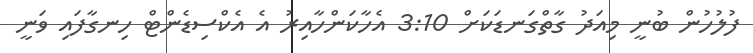
ފުލުހުން ބުނީ މިއަދު ގާތްގަނޑަކަށް 3:10 އެހާކަންހާއިރު އެ އެކްސިޑެންޓް ހިނގާފައި ވަނީ